Source: Handwritten
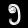
Digit: ၅ (5)